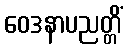
ဝေဒနာပညတ္တိံ